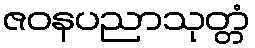
ဇဝနပညာသုတ္တံ